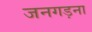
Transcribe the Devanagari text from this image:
जनगड़ना